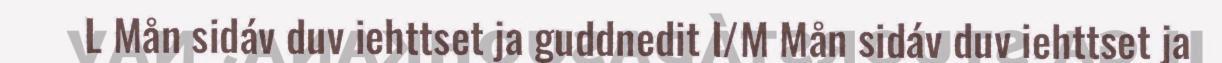
L Mån sidáv duv iehttset ja guddnedit I/M Mån sidáv duv iehttset ja